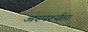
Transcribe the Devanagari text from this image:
अस्पर्श्यता